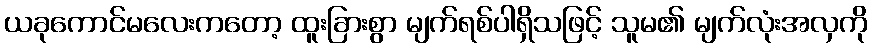
ယခုကောင်မလေးကတော့ ထူးခြားစွာ မျက်ရစ်ပါရှိသဖြင့် သူမ၏ မျက်လုံးအလှကို